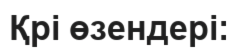
Қрі өзендері: